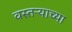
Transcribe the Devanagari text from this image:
वस्तऱ्याच्या